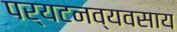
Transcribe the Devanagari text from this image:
पर्यटनव्यवसाय